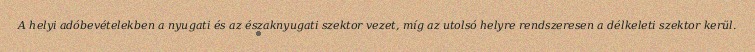
A helyi adóbevételekben a nyugati és az északnyugati szektor vezet, míg az utolsó helyre rendszeresen a délkeleti szektor kerül.